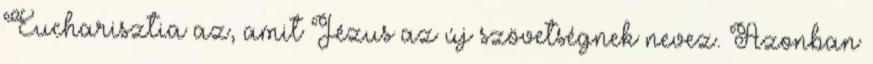
Eucharisztia az, amit Jézus az új szövetségnek nevez. Azonban